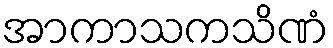
အာကာသကသိဏံ